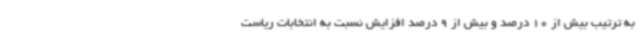
به ترتیب بیش از 10 درصد و بیش از 9 درصد افزایش نسبت به انتخابات ریاست